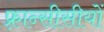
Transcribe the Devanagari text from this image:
फ़्रान्सीसीयों